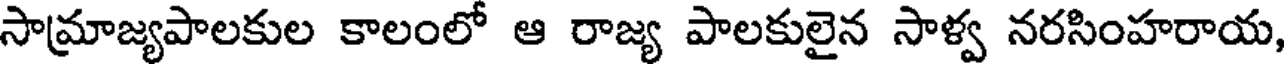
సామ్రాజ్యపాలకుల కాలంలో ఆ రాజ్య పాలకులైన సాళ్వ నరసింహరాయ,